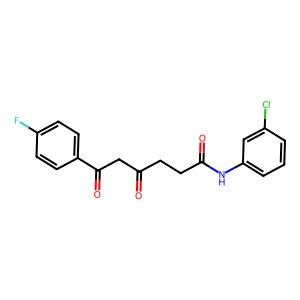
SMILES: O=C(CCC(=O)Nc1cccc(Cl)c1)CC(=O)c1ccc(F)cc1
Inhibits HIV replication: No